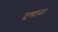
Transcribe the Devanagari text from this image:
दमाना